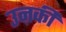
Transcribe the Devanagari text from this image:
उऩकी